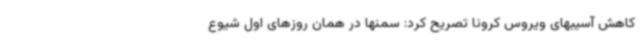
کاهش آسیبهای ویروس کرونا تصریح کرد: سمنها در همان روزهای اول شیوع